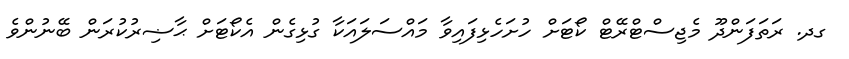
ގދ. ރަތަފަންދޫ މެޖިސްޓްރޭޓް ކޯޓަށް ހުށަހެޅިފައިވާ މައްސަލައަކާ ގުޅިގެން އެކޯޓަށް ޙާޟިރުކުރަން ބޭނުންވެ